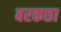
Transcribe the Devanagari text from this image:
बरकछा